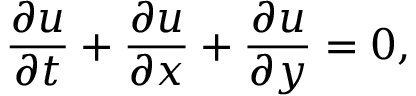
\frac { \partial u } { \partial t } + \frac { \partial u } { \partial x } + \frac { \partial u } { \partial y } = 0 ,